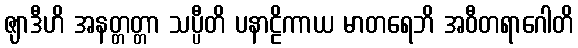
ဇျာဒီဟိ အနတ္တတ္တာ သပ္ပီတိ ပနာဠိကာယ မာတရေဘိ အဝီတရာဂေါတိ